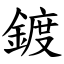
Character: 鍍